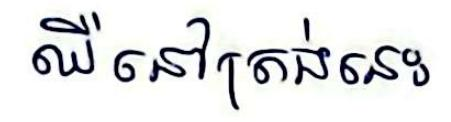
ឈឺនៅក្រង់នេះ